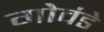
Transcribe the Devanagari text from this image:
गोवंडे